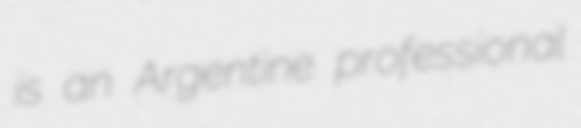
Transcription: is an Argentine professional